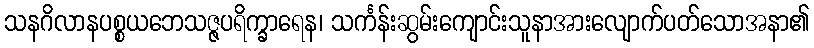
သနဂိလာနပစ္စယဘေသဇ္ဇပရိက္ခာရေန၊ သင်္ကန်းဆွမ်းကျောင်းသူနာအားလျောက်ပတ်သောအနာ၏